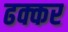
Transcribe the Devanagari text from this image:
ढक्कर